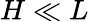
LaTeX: H\ll L